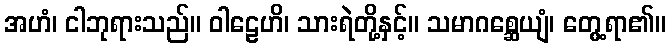
အဟံ၊ ငါဘုရားသည်။ ဝါဠေဟိ၊ သားရဲတို့နှင့်။ သမာဂစ္ဆေယျံ၊ တွေ့ရာ၏။